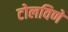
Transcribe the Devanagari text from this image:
टोलविणे